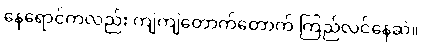
နေရောင်ကလည်း ကျဲကျဲတောက်တောက် ကြည်လင်နေဆဲ။